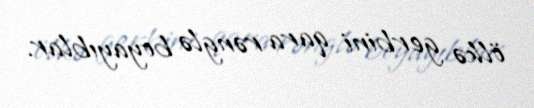
ölkə gerbini qara rənglə boyayıblar.